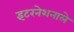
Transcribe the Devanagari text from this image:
इंटरनेशनाले